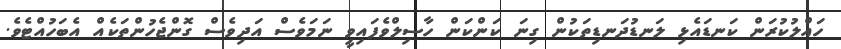
ހައްލުކުރަން ކަނޑައެޅި ލަނޑުދަނޑިތަކުން ގިނަ ކަންކަން ހާސިލްވެފައިވީ ނަމަވެސް އަދިވެސް ގޮންޖެހުންތަކެއް އެބަހުއްޓެވެ.